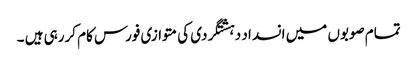
تمام صوبوں میں انسداد دہشتگردی کی متوازی فورس کام کررہی ہیں ۔